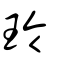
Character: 玲